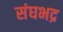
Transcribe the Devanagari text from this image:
संघभद्र